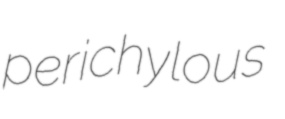
perichylous